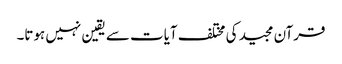
قرآن مجید کی مختلف آیات سے یقین نہیں ہوتا۔